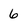
Character: 6